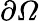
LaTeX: \partial\varOmega